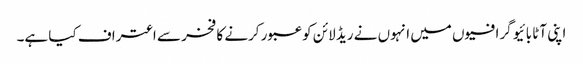
اپنی آٹا بائیو گرافیوں میں انہوں نے ریڈ لائن کو عبور کرنے کا فخر سے اعتراف کیا ہے۔